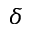
\delta